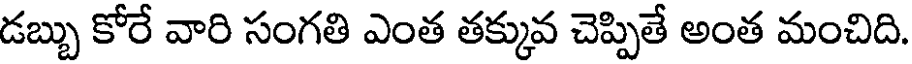
డబ్బు కోరే వారి సంగతి ఎంత తక్కువ చెప్పితే అంత మంచిది.